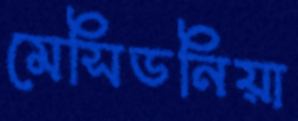
মেসিডনিয়া